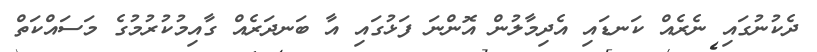
ދެކުނުގައި ނެރެއް ކަނޑައި އެދިމާލުން އޮންނަ ފަޅުގައި އާ ބަނދަރެއް ގާއިމުކުރުމުގެ މަސައްކަތް